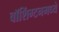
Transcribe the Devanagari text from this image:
वॉशिंग्टनमध्ये